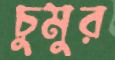
চুমুর